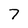
Character: 7